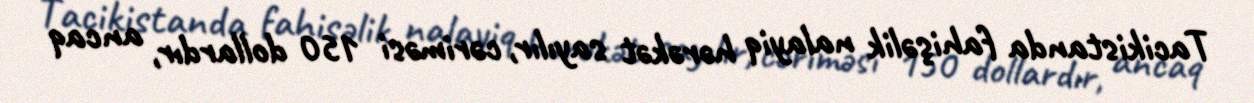
Tacikistanda fahişəlik nalayiq hərəkət sayılır, cəriməsi 150 dollardır, ancaq